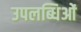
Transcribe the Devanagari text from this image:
उपलब्धिओं